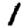
Digit: 1